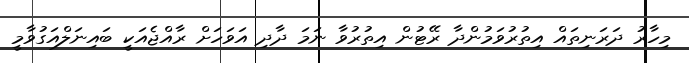
މިހާރު ދަރަނިތައް އިތުރުވަމުންދާ ރޭޓުން އިތުރުވާ ނަމަ ދާދި އަވަހަށް ރާއްޖެއަކީ ބައިނަލްއަގުވާމީ